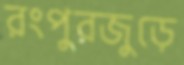
রংপুরজুড়ে